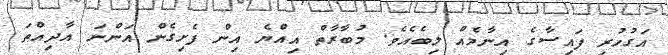
އަގުހުރި ފައިސާގެ އިނާމެއް ލިބެއެވެ. މުބާރާތް އިއްޔެ އިން ފެށިގެން އަންނަ އާދިއްތަ